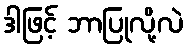
ဒါဖြင့် ဘာပြုလို့လဲ